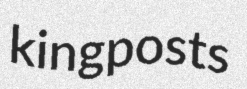
kingposts